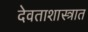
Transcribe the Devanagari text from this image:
देवताशास्त्रात